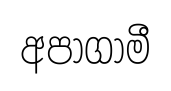
අපාගාමී